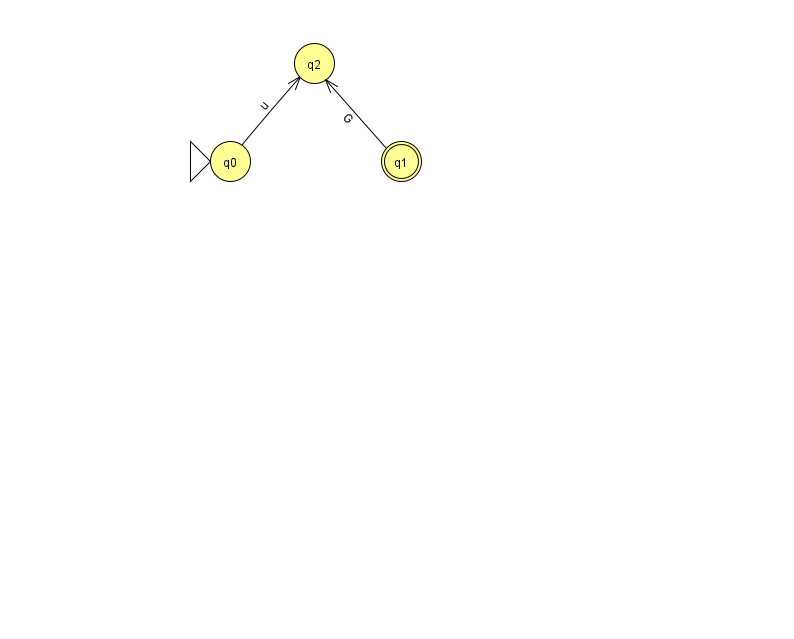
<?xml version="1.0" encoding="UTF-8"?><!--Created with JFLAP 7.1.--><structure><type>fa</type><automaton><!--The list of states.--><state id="0" name="q0"><x>230.0</x><y>148.0</y><initial/></state><state id="1" name="q1"><x>401.0</x><y>148.0</y><final/></state><state id="2" name="q2"><x>314.0</x><y>50.0</y></state><!--The list of transitions.--><transition><from>1</from><to>2</to><read>G</read></transition><transition><from>0</from><to>2</to><read>u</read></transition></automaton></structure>